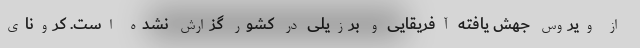
از ویروس جهش یافته آفریقایی و برزیلی در کشور گزارش نشده است. کرونای